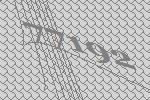
77192